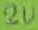
Text: 2u